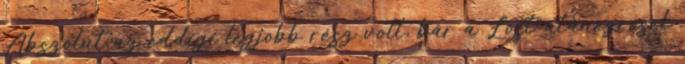
Abszolút az eddigi legjobb rész volt, bár a Lost-utánézrések